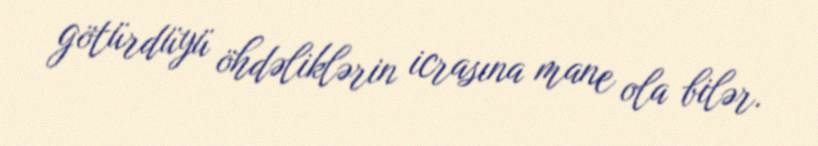
götürdüyü öhdəliklərin icrasına mane ola bilər.